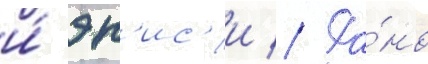
и́ эн'ис'и // Ра́но